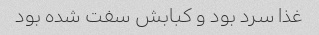
غذا سرد بود و کبابش سفت شده بود